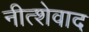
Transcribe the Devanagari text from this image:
नीत्शेवाद